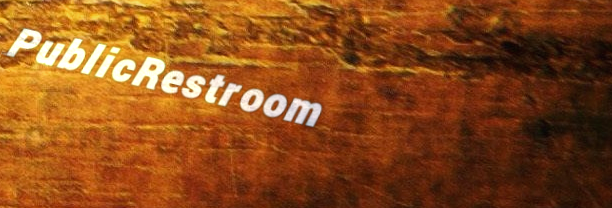
PublicRestroom